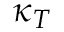
\kappa _ { T }